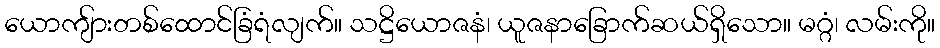
ယောကျ်ားတစ်ထောင်ခြံရံလျက်။ သဋ္ဌိယောဇနံ၊ ယူဇနာခြောက်ဆယ်ရှိသော။ မဂ္ဂံ၊ လမ်းကို။